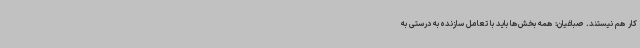
کار هم نیستند. صباغیان: همه بخش‌ها باید با تعامل سازنده به درستی به